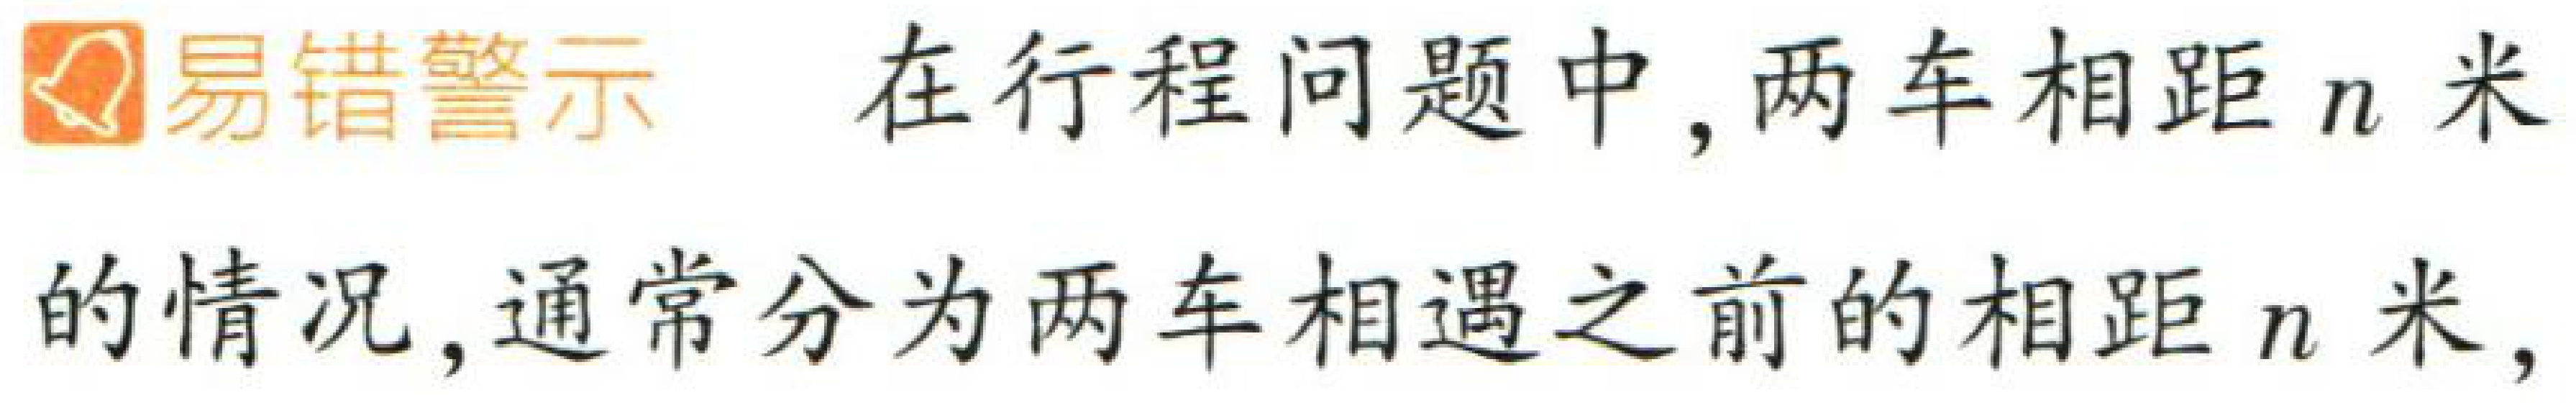
易错警示 在行程问题中, 两车相距 \(n\) 米

的情况, 通常分为两车相遇之前的相距 \(n\) 米,